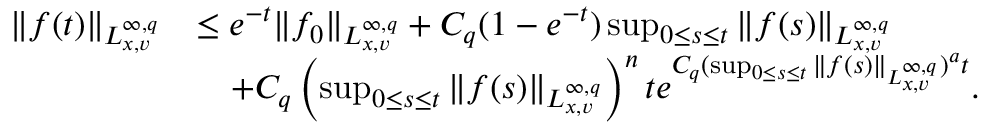
\begin{array} { r l } { \Vert f ( t ) \Vert _ { L _ { x , v } ^ { \infty , q } } } & { \leq e ^ { - t } \Vert f _ { 0 } \Vert _ { L _ { x , v } ^ { \infty , q } } + C _ { q } ( 1 - e ^ { - t } ) \operatorname* { s u p } _ { 0 \leq s \leq t } \Vert f ( s ) \Vert _ { L _ { x , v } ^ { \infty , q } } } \\ & { \quad + C _ { q } \left( \operatorname* { s u p } _ { 0 \leq s \leq t } \Vert f ( s ) \Vert _ { L _ { x , v } ^ { \infty , q } } \right) ^ { n } t e ^ { C _ { q } ( \operatorname* { s u p } _ { 0 \leq s \leq t } \Vert f ( s ) \Vert _ { L _ { x , v } ^ { \infty , q } } ) ^ { a } t } . } \end{array}